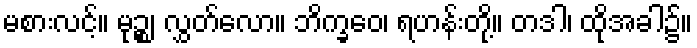
မစားလင့်။ မုဉ္စ၊ လွှတ်လော။ ဘိက္ခဝေ၊ ရဟန်းတို့။ တဒါ၊ ထိုအခါ၌။